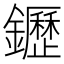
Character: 䥶